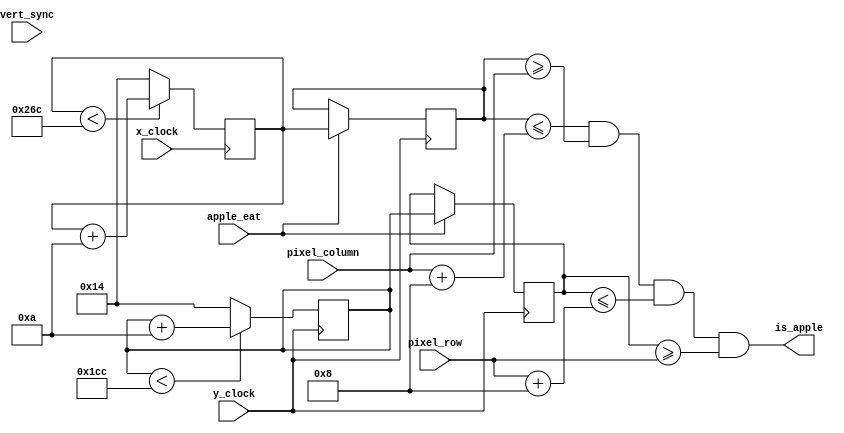
`timescale 1ns / 1ps

module apple (
input x_clock, y_clock,
  input [9:0] pixel_row, pixel_column,
  input vert_sync, apple_eat,
  output reg is_apple
);
    reg [9:0] rand_x, rand_y;
    
    //starting location of apple
    reg [9:0] apple_x = 10'd400, apple_y = 10'd300;
    
    always @ (posedge x_clock) begin
        if (rand_x < 620) begin
            rand_x = rand_x + 10;
        end else begin
            rand_x = 20;
        end
    end
    
    always @ (posedge y_clock) begin
        if (rand_y < 460) begin
            rand_y = rand_y + 10;
        end else begin
            rand_y = 20;
        end
    end
    
    
    //logic to (hopefully) produce random apple upon consumption
    always @ (posedge y_clock) begin
        if (apple_eat) begin
            apple_x <= rand_x;
            apple_y <= rand_y;
        end
    end
    
    always @ (*) begin   
        is_apple <= ((apple_x <= (pixel_column + 8)) && (apple_x >= pixel_column) && (apple_y <= (pixel_row + 8)) && ((apple_y) >= pixel_row));
	end
	
endmodule